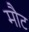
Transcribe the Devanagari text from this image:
मौट